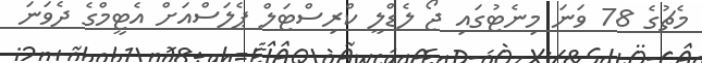
މެޗުގެ 78 ވަނަ މިނެޓުގައި ޖޯ ލެޑްލީ ކްރިސްޓަލް ޕެލަސްއަށް އެޓީމްގެ ދެވަނަ